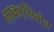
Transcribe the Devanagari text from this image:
भाकरसिंघोत